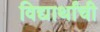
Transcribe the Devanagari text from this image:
विद्यार्थांची